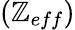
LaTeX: (\mathbb{Z}_{eff})